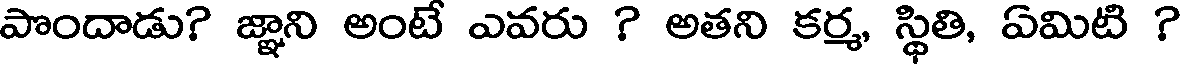
పొందాడు? జ్ఞాని అంటే ఎవరు ? అతని కర్మ, స్థితి, ఏమిటి ?